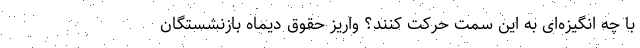
با چه انگیزه‌ای به این سمت حرکت کنند؟ واریز حقوق دیماه بازنشستگان